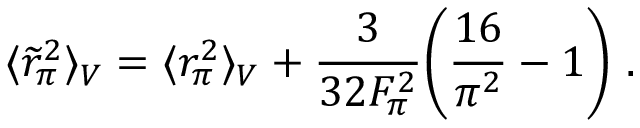
\langle \widetilde { r } _ { \pi } ^ { 2 } \rangle _ { V } = \langle r _ { \pi } ^ { 2 } \rangle _ { V } + { \frac { 3 } { 3 2 F _ { \pi } ^ { 2 } } } \biggl ( { \frac { 1 6 } { \pi ^ { 2 } } } - 1 \biggr ) ~ .